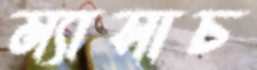
ম্যাসাচ